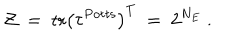
{ \cal Z } ~ = ~ \mathrm { t r } \left( \tau ^ { \mathrm { P o t t s } } \right) ^ { T } ~ = ~ 2 ^ { N _ { E } } \ .